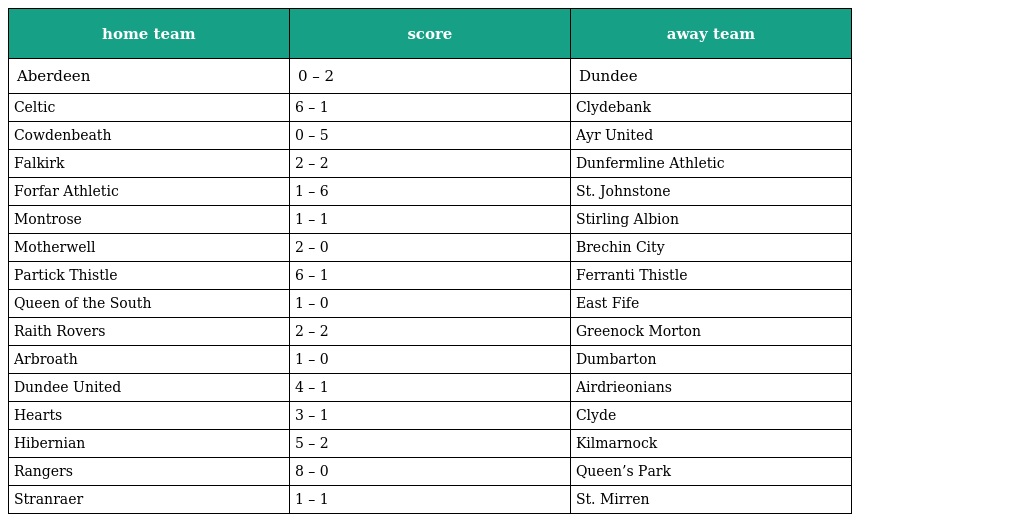
| home team | score | away team |
 | --- | --- | --- |
 | Aberdeen | 0 – 2 | Dundee |
 | Celtic | 6 – 1 | Clydebank |
 | Cowdenbeath | 0 – 5 | Ayr United |
 | Falkirk | 2 – 2 | Dunfermline Athletic |
 | Forfar Athletic | 1 – 6 | St. Johnstone |
 | Montrose | 1 – 1 | Stirling Albion |
 | Motherwell | 2 – 0 | Brechin City |
 | Partick Thistle | 6 – 1 | Ferranti Thistle |
 | Queen of the South | 1 – 0 | East Fife |
 | Raith Rovers | 2 – 2 | Greenock Morton |
 | Arbroath | 1 – 0 | Dumbarton |
 | Dundee United | 4 – 1 | Airdrieonians |
 | Hearts | 3 – 1 | Clyde |
 | Hibernian | 5 – 2 | Kilmarnock |
 | Rangers | 8 – 0 | Queen’s Park |
 | Stranraer | 1 – 1 | St. Mirren |